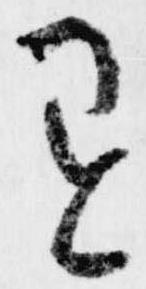
退